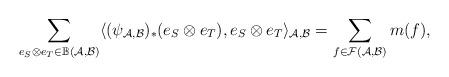
LaTeX: \begin{align*}\sum_{e_S \otimes e_T \in \mathbb{B}(\mathcal{A},\mathcal{B})} \langle(\psi_{\mathcal{A},\mathcal{B}})_* (e_S \otimes e_T) ,e_S \otimes e_T \rangle_{\mathcal{A},\mathcal{B}} &= \sum_{f \in \mathcal{F}(\mathcal{A},\mathcal{B})} m(f),\end{align*}